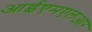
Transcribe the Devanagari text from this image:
आईएमएलआर